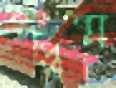
বাপ্তিষ্ম